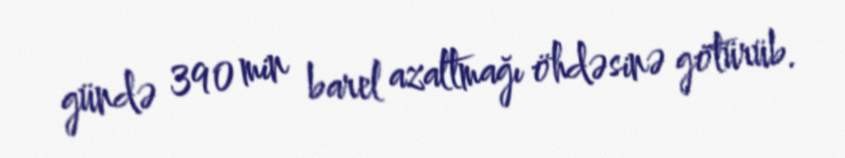
gündə 390 min barel azaltmağı öhdəsinə götürüb.